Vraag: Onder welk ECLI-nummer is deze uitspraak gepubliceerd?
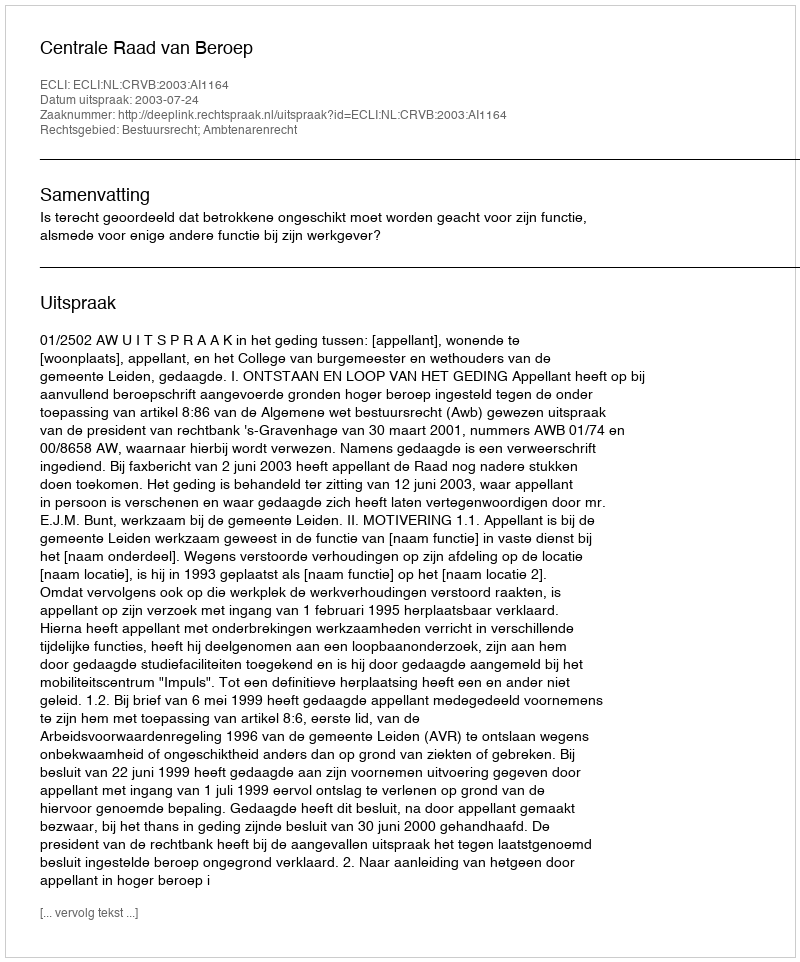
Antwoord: ECLI:NL:CRVB:2003:AI1164